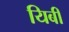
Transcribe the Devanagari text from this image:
यिबी